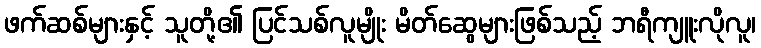
ဖက်ဆစ်များနှင့် သူတို့၏ ပြင်သစ်လူမျိုး မိတ်ဆွေများဖြစ်သည့် ဘရီကျူးလိုလူ၊